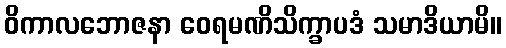
ဝိကာလဘောဇနာ ဝေရမဏိသိက္ခာပဒံ သမာဒိယာမိ။